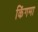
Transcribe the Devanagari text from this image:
किंगमा